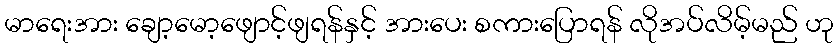
မာရေးအား ချော့မော့ဖျောင့်ဖျရန်နှင့် အားပေး စကားပြောရန် လိုအပ်လိမ့်မည် ဟု